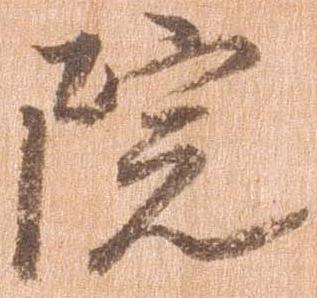
院